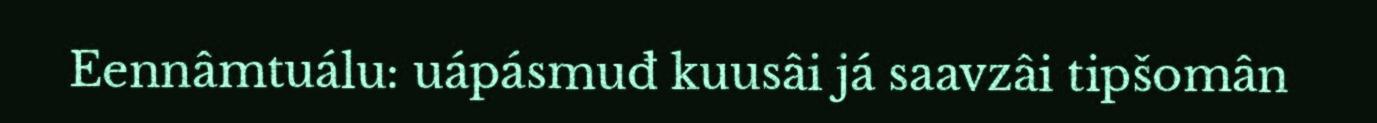
Eennâmtuálu: uápásmuđ kuusâi já saavzâi tipšomân